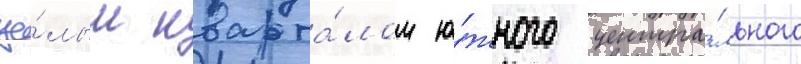
це́лым кварта́лом ю́жного центра́льного